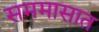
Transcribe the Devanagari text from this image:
सममासात